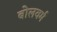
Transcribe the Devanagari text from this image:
बोलवर्म